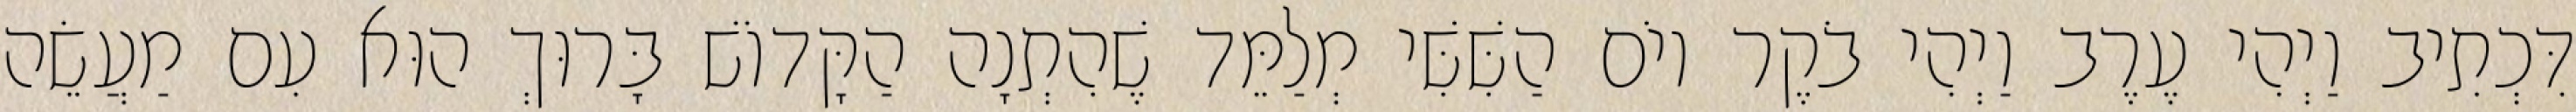
דִּכְתִיב וַיְהִי עֶרֶב וַיְהִי בֹקֶר יוֹם הַשִּׁשִּׁי מְלַמֵּד שֶׁהִתְנָה הַקָּדוֹשׁ בָּרוּךְ הוּא עִם מַעֲשֵׂה